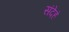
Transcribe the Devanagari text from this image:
संदेहं